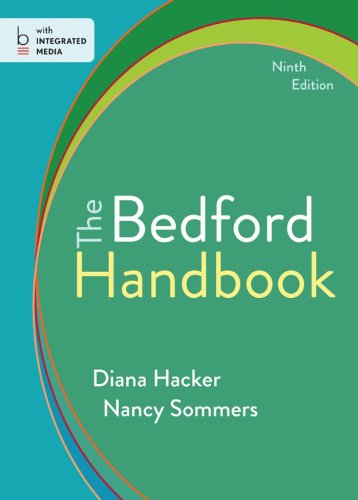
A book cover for The Bedford Handbook; Diana Hacker; Reference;